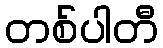
တစ်ပါတီ